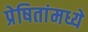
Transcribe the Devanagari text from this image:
प्रेषितांमध्ये